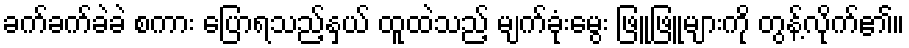
ခက်ခက်ခဲခဲ စကား ပြောရသည့်နှယ် ထူထဲသည့် မျက်ခုံးမွေး ဖြူဖြူများကို တွန့်လိုက်၏။